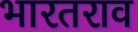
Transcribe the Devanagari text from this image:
भारतराव